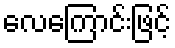
လေကြောင်းဖြင့်